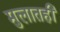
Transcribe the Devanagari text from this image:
मुलातही